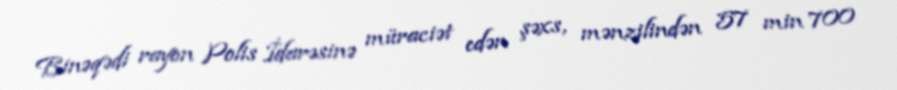
Binəqədi rayon Polis İdarəsinə müraciət edən şəxs, mənzilindən 57 min 700